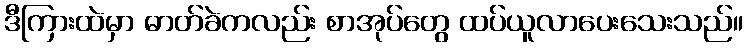
ဒီကြားထဲမှာ ဓာတ်ခဲကလည်း စာအုပ်တွေ ထပ်ယူလာပေးသေးသည်။